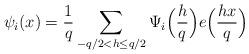
LaTeX: \begin{align*}\psi_i(x)=\frac{1}{q}\sum_{-q/2<h\leq q/2}\Psi_i\Bigl(\frac{h}{q}\Bigr) e\Big(\frac{hx}{q}\Bigr)\end{align*}